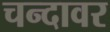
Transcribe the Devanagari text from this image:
चन्दावर